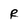
Character: R